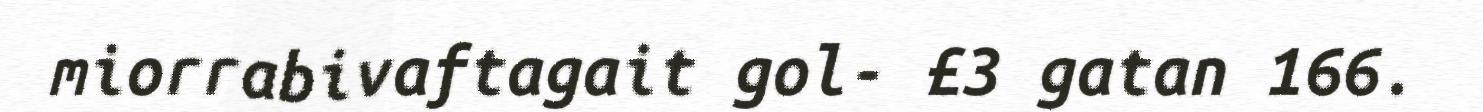
miorrabivaftagait gol- £3 gatan 166.